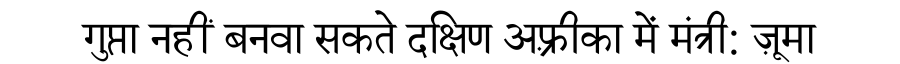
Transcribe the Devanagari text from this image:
गुप्ता नहीं बनवा सकते दक्षिण अफ़्रीका में मंत्री: ज़ूमा